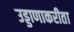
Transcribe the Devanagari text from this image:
उड्डाणाकरीता